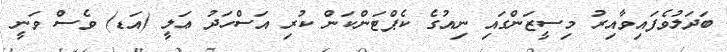
ބަދަލުވެފައިވާއިރު މިސީޒަންގައި ނިއުގެ ކެޕްޓަންކަން ކުރި އަސްހަދު ޢަލީ (އަޑ) ވެސް ވަނީ